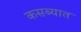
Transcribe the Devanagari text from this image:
कसब्यात